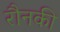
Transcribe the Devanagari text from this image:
रौनकी